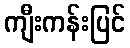
ကျီးကန်းပြင်